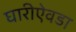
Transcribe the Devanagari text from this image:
घारीऐवडा